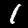
Digit: 1